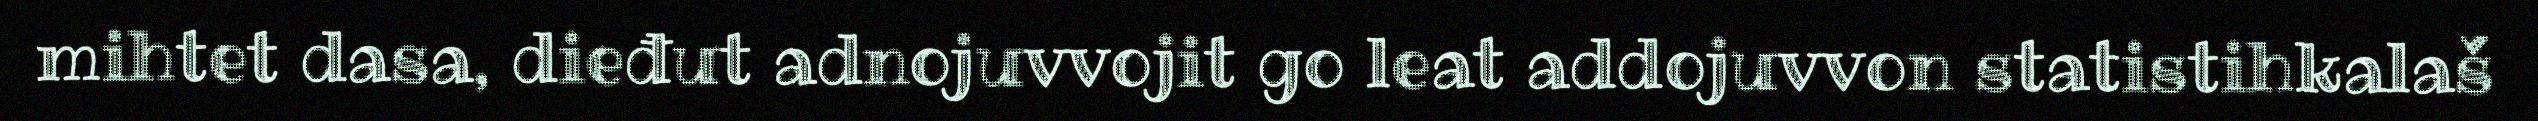
mihtet dasa, dieđut adnojuvvojit go leat addojuvvon statistihkalaš